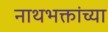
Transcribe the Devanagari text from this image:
नाथभक्तांच्या